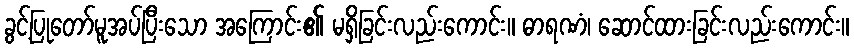
ခွင့်ပြုတော်မူအပ်ပြီးသော အကြောင်း၏ မရှိခြင်းလည်းကောင်း။ ဓာရဏံ၊ ဆောင်ထားခြင်းလည်းကောင်း။